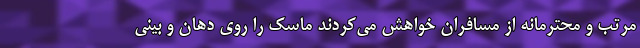
مرتب و محترمانه از مسافران خواهش می‌کردند ماسک را روی دهان و بینی